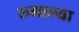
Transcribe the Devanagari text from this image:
रुमाल्या